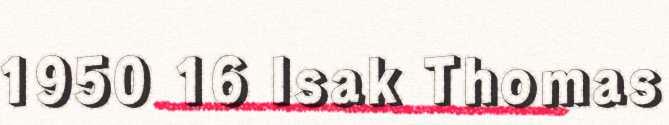
1950 16 Isak Thomas